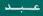
عبد